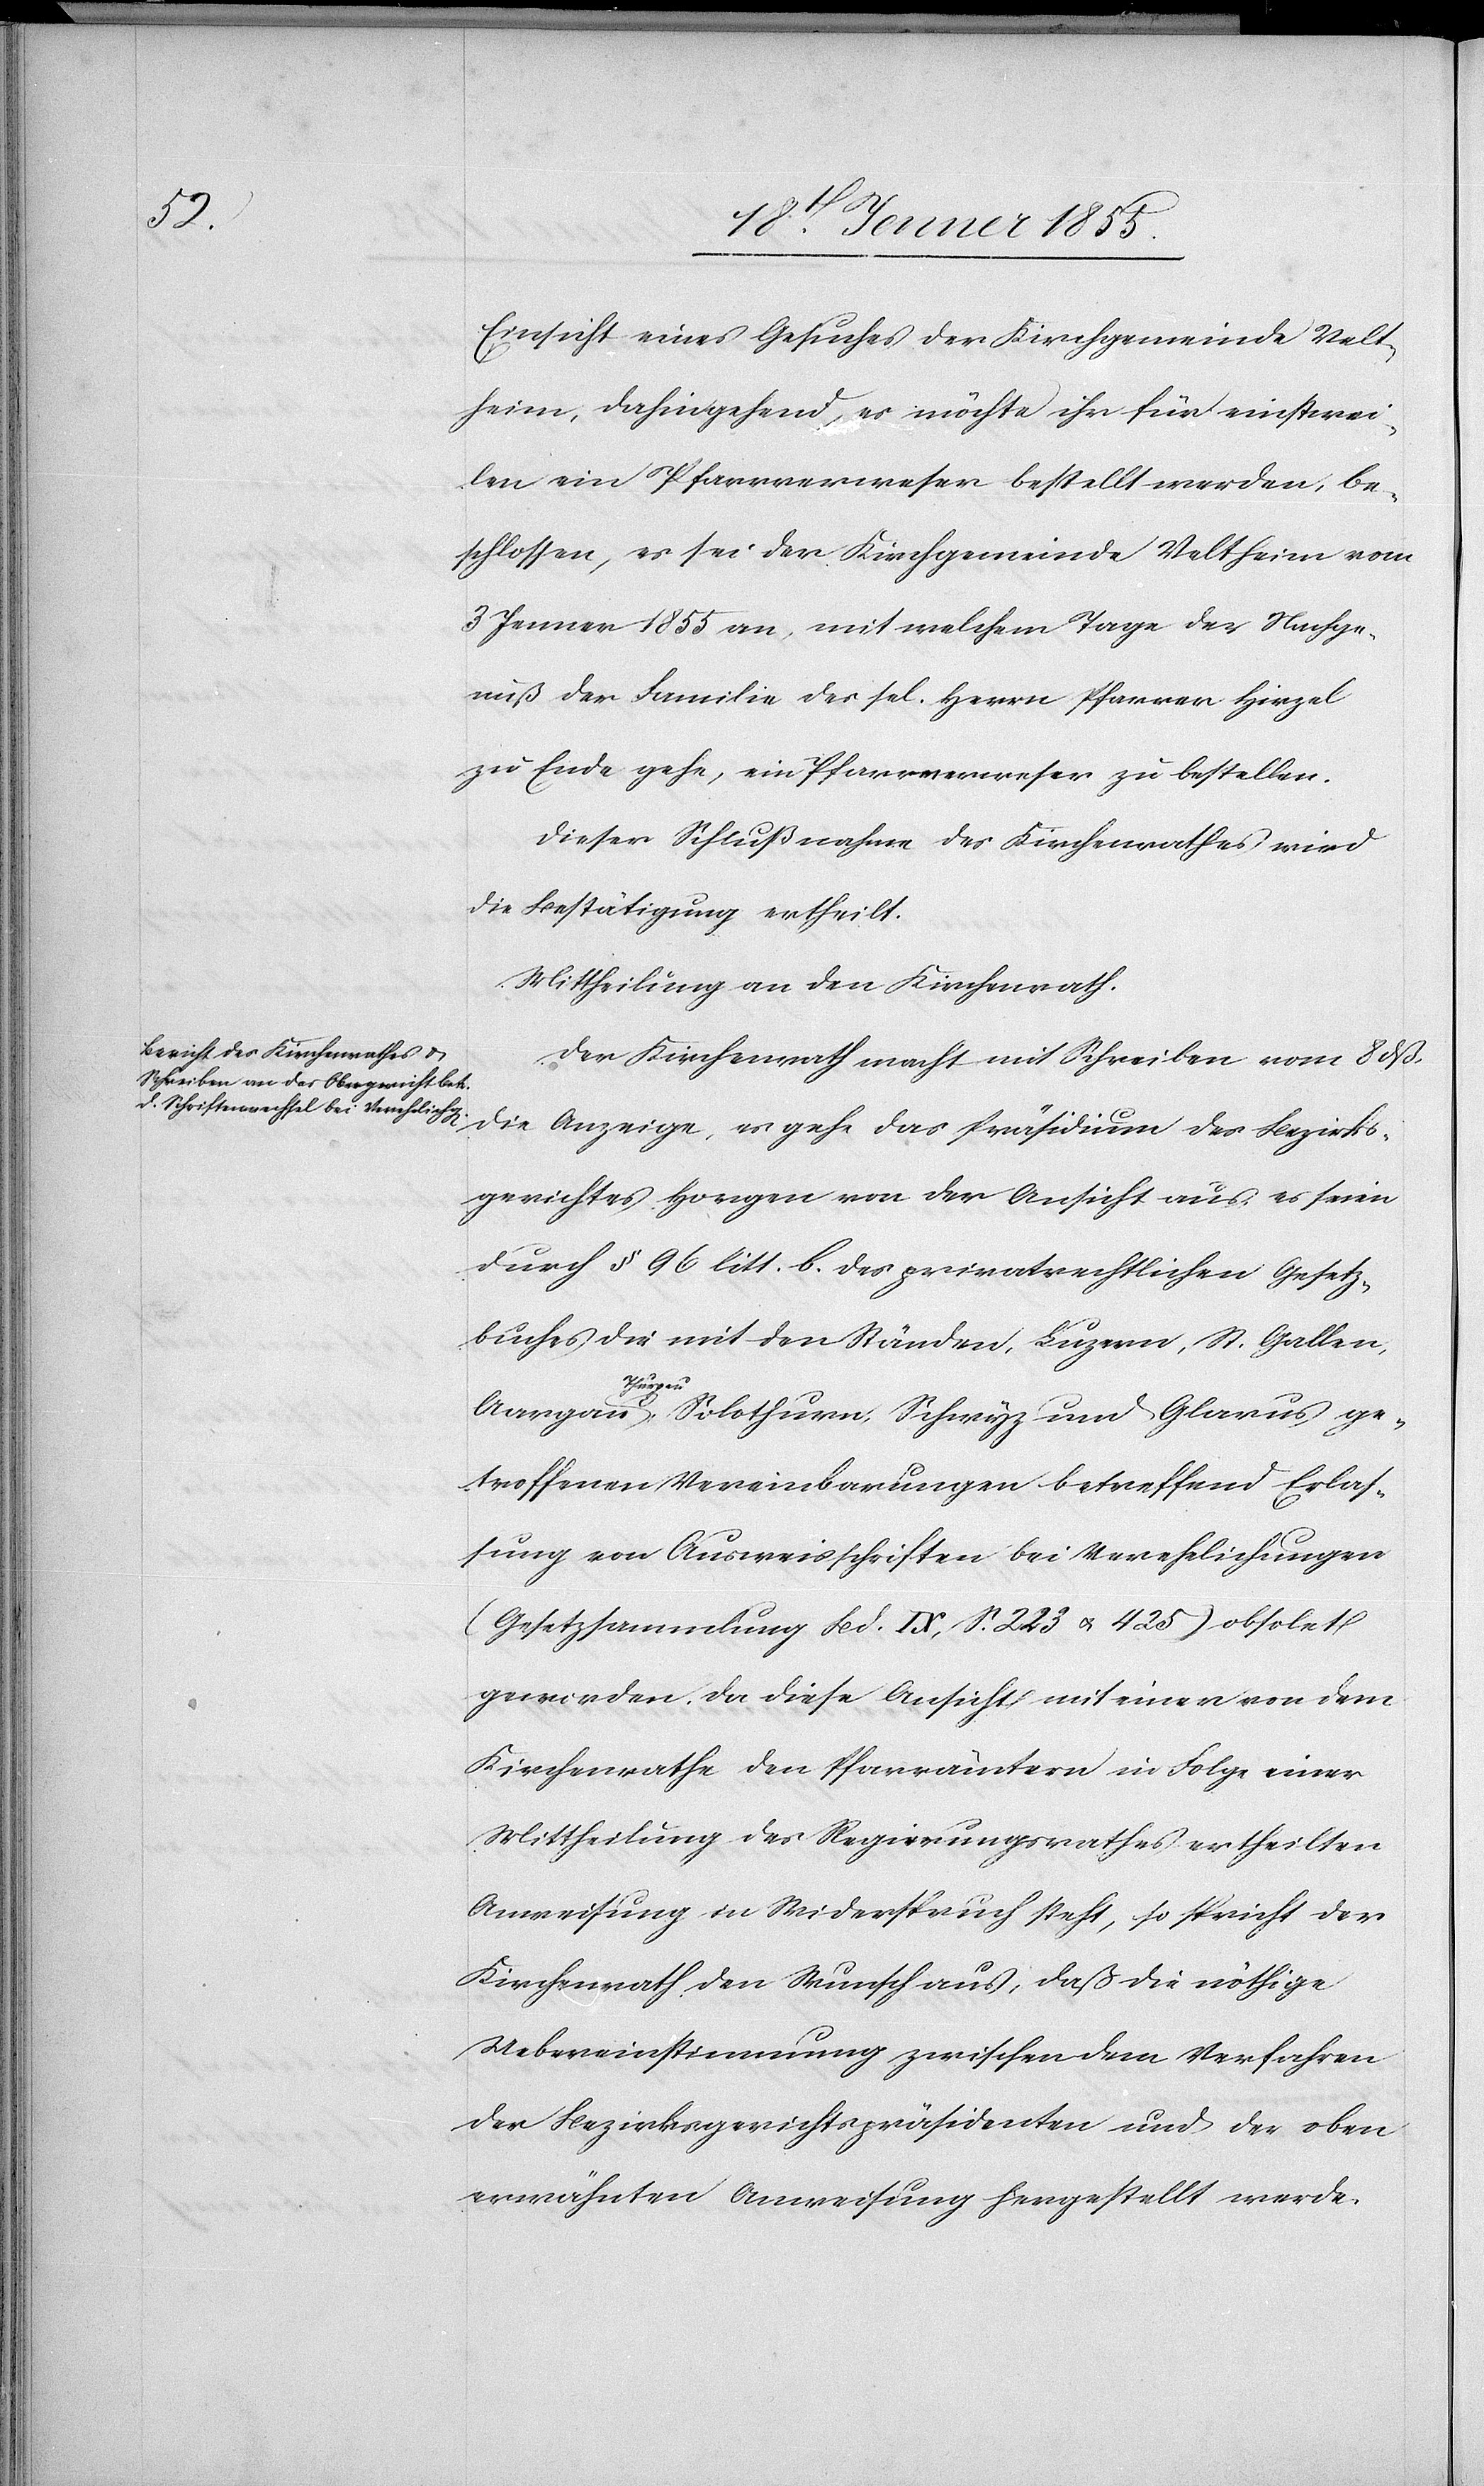
Einsicht eines Gesuches der Kirchgemeinde Velt¬
heim, dahin gehend, es möchte ihr für einstwei¬
len ein Pfarrverweser bestellt werden, be¬
schlossen, es sei der Kirchgemeinde Veltheim vom
3 Jenner 1855 an, mit welchem Tage der Nachge¬
nuß der Familie des sel. Herrn Pfarrer Hirzel
zu Ende gehe, ein Pfarrverweser zu bestellen.
Dieser Schlußnahme des Kirchenrathes wird
die Bestätigung ertheilt.
Mittheilung an den Kirchenrath.
Der Kirchenrath macht mit Schreiben vom 8 dß.
die Anzeige, es gehe das Präsidium des Bezirks¬
gerichtes Horgen von der Ansicht aus, es seien
durch § 96 litt. b. des privatrechtlichen Gesetz¬
buches die mit den Ständen, Luzern, St. Gallen,
Thurgau,
Aargau[,]
Solothurn, Schwyz und Glarus ge¬
troffenen Vereinbarungen betreffend Erlas¬
sung von Ausweisschriften bei Verehelichungen
(Gesetzsammlung Bd. IX, S. 223 & 425) obsolet
geworden. Da diese Ansicht mit einer von dem
Kirchenrathe den Pfarrämtern in Folge einer
Mittheilung des Regierungsrathes ertheilten
Anweisung in Widerspruch steht, so spricht der
Kirchenrath den Wunsch aus, daß die nöthige
Uebereinstimmung zwischen dem Verfahren
der Bezirksgerichtspräsidenten und der oben
erwähnten Anweisung hergestellt werde.